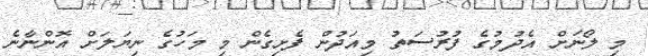
މި ލޯނަަށް އެދުމުގެ ފުރުސަތު މިއަދުން ފެށިގެން މި މަހުގެ ނިޔަލަށް އޮންނާނެ